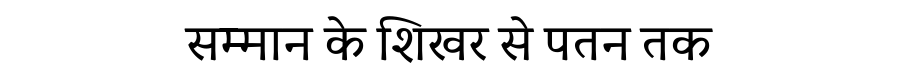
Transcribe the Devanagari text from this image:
सम्मान के शिखर से पतन तक